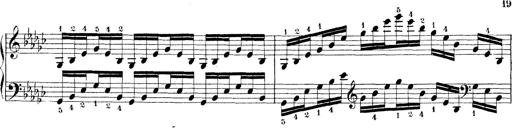
Title: Technische Studien
Composer: Franz Liszt